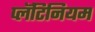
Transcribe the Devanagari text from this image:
प्लॅटिनियम